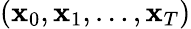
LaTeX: (\mathbf{x}_{0},\mathbf{x}_{1},\dots,\mathbf{x}_{T})